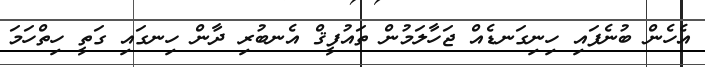
އެހެން ބުނެފައި ހިނިގަނޑެއް ޖަހާލަމުން ތައުފީޤް އެނބުރި ދާން ހިނގައި ގަތީ ހިތްހަމަ